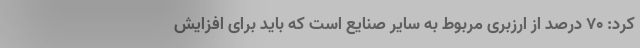
کرد: ۷۰ درصد از ارزبری مربوط به سایر صنایع است که باید برای افزایش